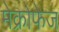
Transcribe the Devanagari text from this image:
मेक्रोफेज